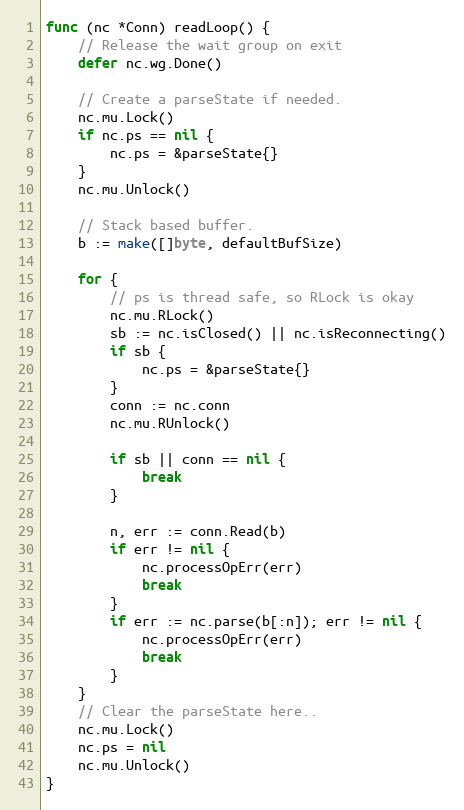
Language: Go
func (nc *Conn) readLoop() {
	// Release the wait group on exit
	defer nc.wg.Done()

	// Create a parseState if needed.
	nc.mu.Lock()
	if nc.ps == nil {
		nc.ps = &parseState{}
	}
	nc.mu.Unlock()

	// Stack based buffer.
	b := make([]byte, defaultBufSize)

	for {
		// ps is thread safe, so RLock is okay
		nc.mu.RLock()
		sb := nc.isClosed() || nc.isReconnecting()
		if sb {
			nc.ps = &parseState{}
		}
		conn := nc.conn
		nc.mu.RUnlock()

		if sb || conn == nil {
			break
		}

		n, err := conn.Read(b)
		if err != nil {
			nc.processOpErr(err)
			break
		}
		if err := nc.parse(b[:n]); err != nil {
			nc.processOpErr(err)
			break
		}
	}
	// Clear the parseState here..
	nc.mu.Lock()
	nc.ps = nil
	nc.mu.Unlock()
}